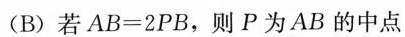
(B)若AB=2PB，则P为AB的中点